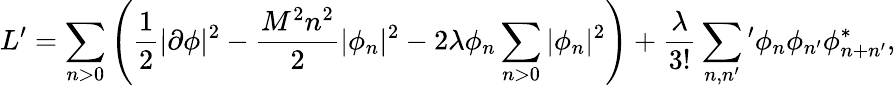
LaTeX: L^{\prime}=\sum_{n>0}\left(\frac 12|\partial\phi|^{2}-\frac{M^{2}n^{2}}{2}|\phi_{n}|^{2}-2\lambda\phi_{n}\sum_{n>0}|\phi_{n}|^{2}\right)+\frac{\lambda}{3!}\sum_{n,n^{\prime}}{}^{\prime}\phi_{n}\phi_{n^{\prime}}\phi_{n+n^{\prime}}^{*},